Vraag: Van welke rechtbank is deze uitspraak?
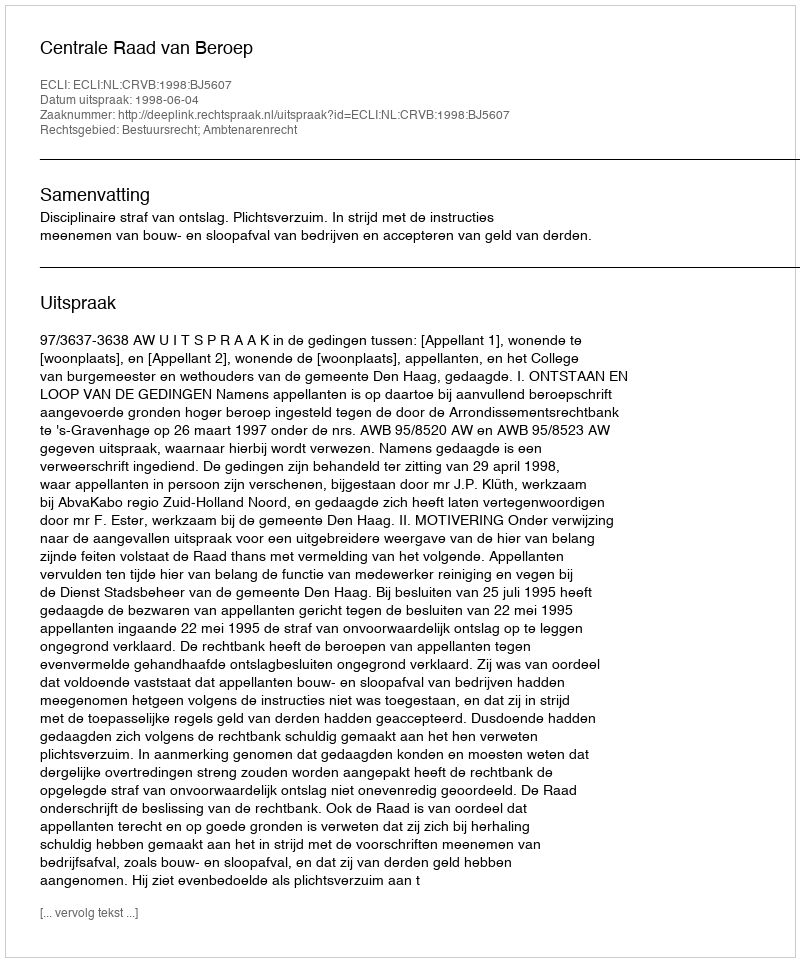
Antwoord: Centrale Raad van Beroep